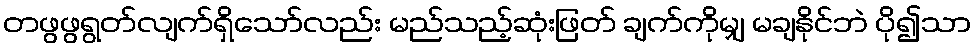
တဖွဖွရွတ်လျက်ရှိသော်လည်း မည်သည့်ဆုံးဖြတ် ချက်ကိုမျှ မချနိုင်ဘဲ ပို၍သာ